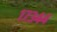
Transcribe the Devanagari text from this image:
१७३४४